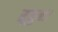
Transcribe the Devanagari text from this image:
सूनुना।